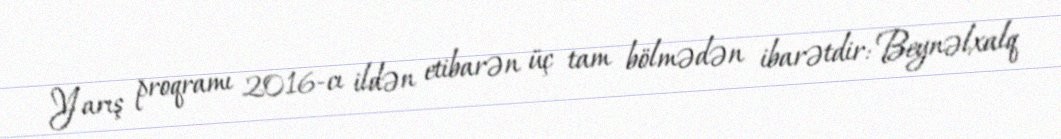
Yarış proqramı 2016-cı ildən etibarən üç tam bölmədən ibarətdir: Beynəlxalq